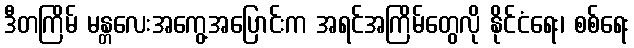
ဒီတကြိမ် မန္တလေးအကွေ့အပြောင်းက အရင်အကြိမ်တွေလို နိုင်ငံရေး၊ စစ်ရေး